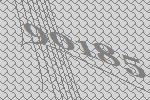
90185